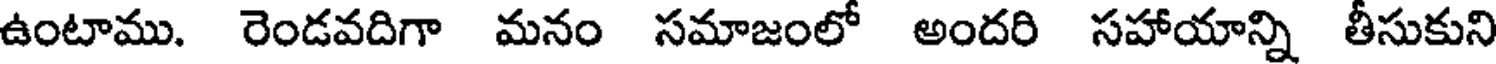
ఉంటాము. రెండవదిగా మనం సమాజంలో అందరి సహాయాన్ని తీసుకుని